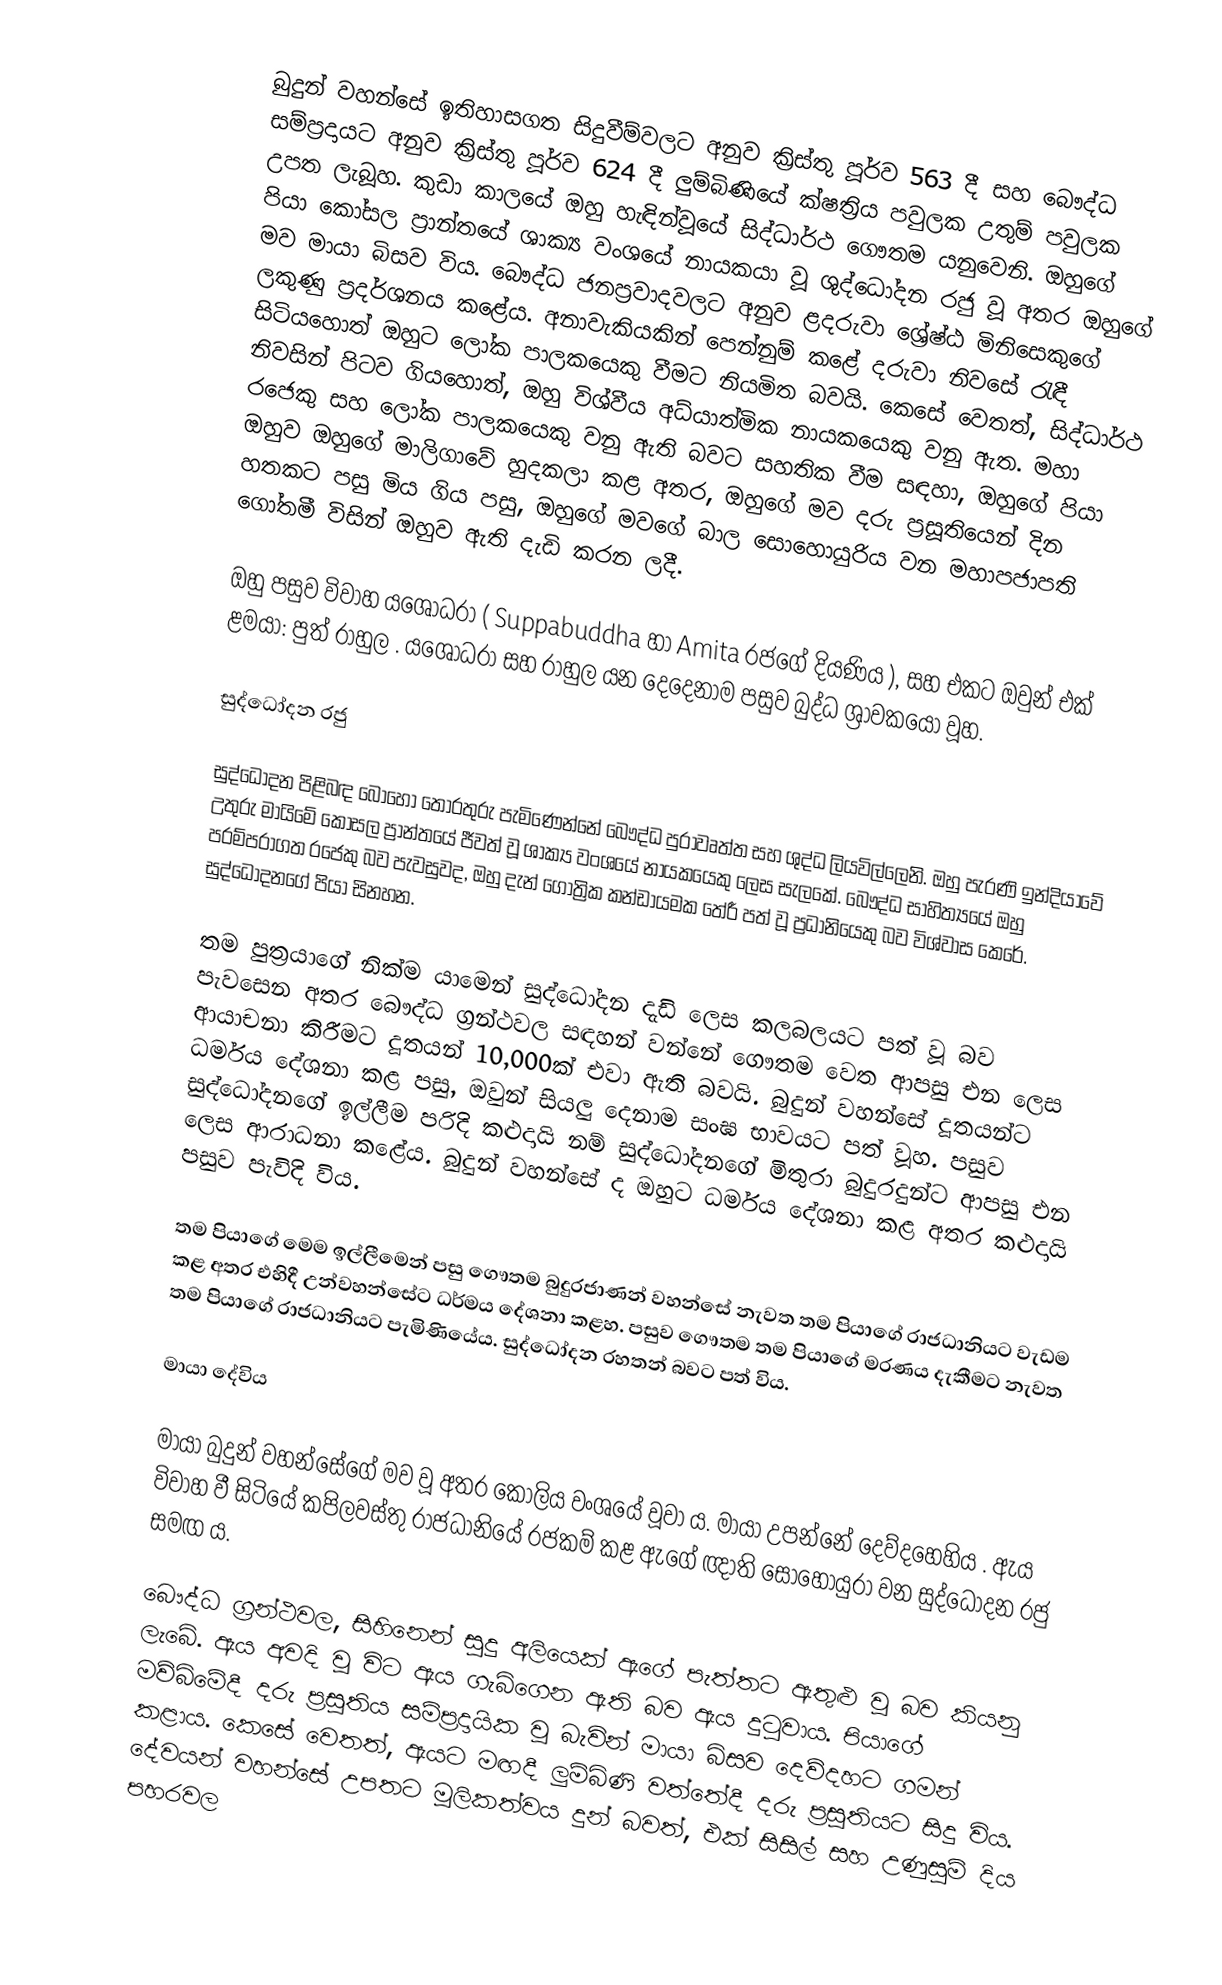
බුදුන් වහන්සේ ඉතිහාසගත සිදුවීම්වලට අනුව ක්‍රිස්තු පූර්ව 563 දී සහ බෞද්ධ සම්ප්‍රදායට අනුව ක්‍රිස්තු පූර්ව 624 දී ලුම්බිණියේ ක්ෂත්‍රිය පවුලක උතුම් පවුලක උපත ලැබූහ. කුඩා කාලයේ ඔහු හැඳින්වූයේ සිද්ධාර්ථ ගෞතම යනුවෙනි. ඔහුගේ පියා  කෝසල ප්‍රාන්තයේ ශාක්‍ය වංශයේ නායකයා වූ ශුද්ධෝදන රජු වූ අතර ඔහුගේ මව මායා බිසව විය. බෞද්ධ ජනප්‍රවාදවලට අනුව ළදරුවා ශ්‍රේෂ්ඨ මිනිසෙකුගේ ලකුණු ප්‍රදර්ශනය කළේය. අනාවැකියකින් පෙන්නුම් කළේ දරුවා නිවසේ රැඳී සිටියහොත් ඔහුට ලෝක පාලකයෙකු වීමට නියමිත බවයි. කෙසේ වෙතත්, සිද්ධාර්ථ   නිවසින් පිටව ගියහොත්, ඔහු විශ්වීය අධ්යාත්මික නායකයෙකු වනු ඇත. මහා රජෙකු සහ ලෝක පාලකයෙකු වනු ඇති බවට සහතික වීම සඳහා, ඔහුගේ පියා ඔහුව ඔහුගේ මාලිගාවේ හුදකලා කළ අතර, ඔහුගේ මව දරු ප්‍රසූතියෙන් දින හතකට පසු මිය ගිය පසු, ඔහුගේ මවගේ බාල සොහොයුරිය වන මහාපජාපති ගෝතමී විසින් ඔහුව ඇති දැඩි කරන ලදී.

ඔහු පසුව විවාහ යශෝධරා ( Suppabuddha හා Amita රජගේ දියණිය ), සහ එකට ඔවුන් එක් ළමයා:  පුත් රාහුල . යශෝධරා සහ රාහුල යන දෙදෙනාම පසුව බුද්ධ ශ්‍රාවකයෝ වූහ.

සුද්ධෝදන රජු

සුද්ධෝදන පිළිබඳ බොහෝ තොරතුරු පැමිණෙන්නේ බෞද්ධ පුරාවෘත්ත සහ ශුද්ධ ලියවිල්ලෙනි. ඔහු පැරණි ඉන්දියාවේ උතුරු මායිමේ කෝසල ප්‍රාන්තයේ ජීවත් වූ ශාක්‍ය වංශයේ නායකයෙකු ලෙස සැලකේ. බෞද්ධ සාහිත්‍යයේ ඔහු පරම්පරාගත රජෙකු බව පැවසුවද, ඔහු දැන් ගෝත්‍රික කන්ඩායමක තේරී පත් වූ ප්‍රධානියෙකු බව විශ්වාස කෙරේ. සුද්ධෝදනගේ පියා සිනහන.

තම පුත්‍රයාගේ නික්ම යාමෙන් සුද්ධෝදන දැඩි ලෙස කලබලයට පත් වූ බව පැවසෙන අතර බෞද්ධ ග්‍රන්ථවල සඳහන් වන්නේ ගෞතම වෙත ආපසු එන ලෙස ආයාචනා කිරීමට දූතයන් 10,000ක් එවා ඇති බවයි. බුදුන් වහන්සේ දූතයන්ට ධර්මය දේශනා කළ පසු, ඔවුන් සියලු දෙනාම සංඝ භාවයට පත් වූහ. පසුව සුද්ධෝදනගේ ඉල්ලීම පරිදි කළුදායි නම් සුද්ධෝදනගේ මිතුරා බුදුරදුන්ට ආපසු එන ලෙස ආරාධනා කළේය. බුදුන් වහන්සේ ද ඔහුට ධර්මය දේශනා කළ අතර කළුදායි පසුව පැවිදි විය.

තම පියාගේ මෙම ඉල්ලීමෙන් පසු ගෞතම බුදුරජාණන් වහන්සේ නැවත තම පියාගේ රාජධානියට වැඩම කළ අතර එහිදී උන්වහන්සේට ධර්මය දේශනා කළහ. පසුව ගෞතම තම පියාගේ මරණය දැකීමට නැවත තම පියාගේ රාජධානියට පැමිණියේය. සුද්ධෝදන රහතන් බවට පත් විය.

මායා දේවිය

මායා බුදුන් වහන්සේගේ මව වූ අතර කෝලිය වංශයේ වූවා ය. මායා උපන්නේ දෙව්දහෙහිය . ඇය විවාහ වී සිටියේ කපිලවස්තු රාජධානියේ රජකම් කළ ඇගේ ඥාති සොහොයුරා වන සුද්ධෝදන රජු සමඟ ය.

බෞද්ධ ග්‍රන්ථවල, සිහිනෙන් සුදු අලියෙක් ඇගේ පැත්තට ඇතුළු වූ බව කියනු ලැබේ. ඇය අවදි වූ විට ඇය ගැබ්ගෙන ඇති බව ඇය දුටුවාය. පියාගේ මව්බිමේදී දරු ප්‍රසූතිය සම්ප්‍රදායික වූ බැවින් මායා බිසව දෙව්දහට ගමන් කළාය. කෙසේ වෙතත්, ඇයට මඟදී ලුම්බිණි වත්තේදී දරු ප්‍රසූතියට සිදු විය. දේවයන් වහන්සේ උපතට මූලිකත්වය දුන් බවත්, එක් සිසිල් සහ උණුසුම් දිය පහරවල